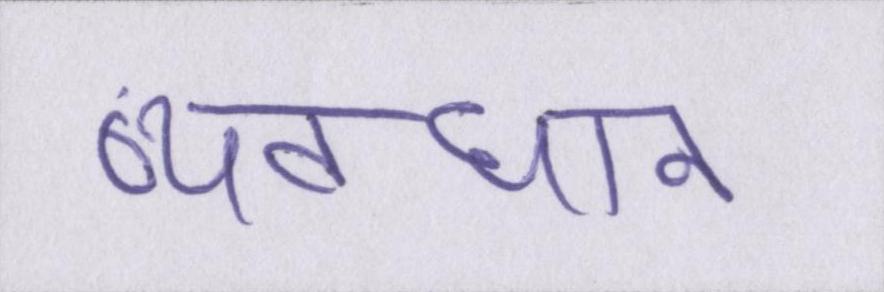
व्यवधान